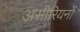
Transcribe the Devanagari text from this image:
असीरियनों